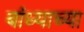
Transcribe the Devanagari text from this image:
बांध्याच्या